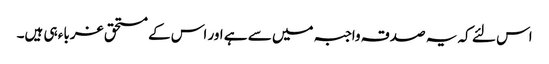
اس لئے کہ یہ صدقہ واجبہ میں سے ہے اور اس کے مستحق غرباء ہی ہیں۔